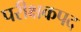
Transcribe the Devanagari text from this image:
परीक्षकपद